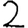
Digit: 2